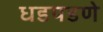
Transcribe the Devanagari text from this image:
धडपडणे